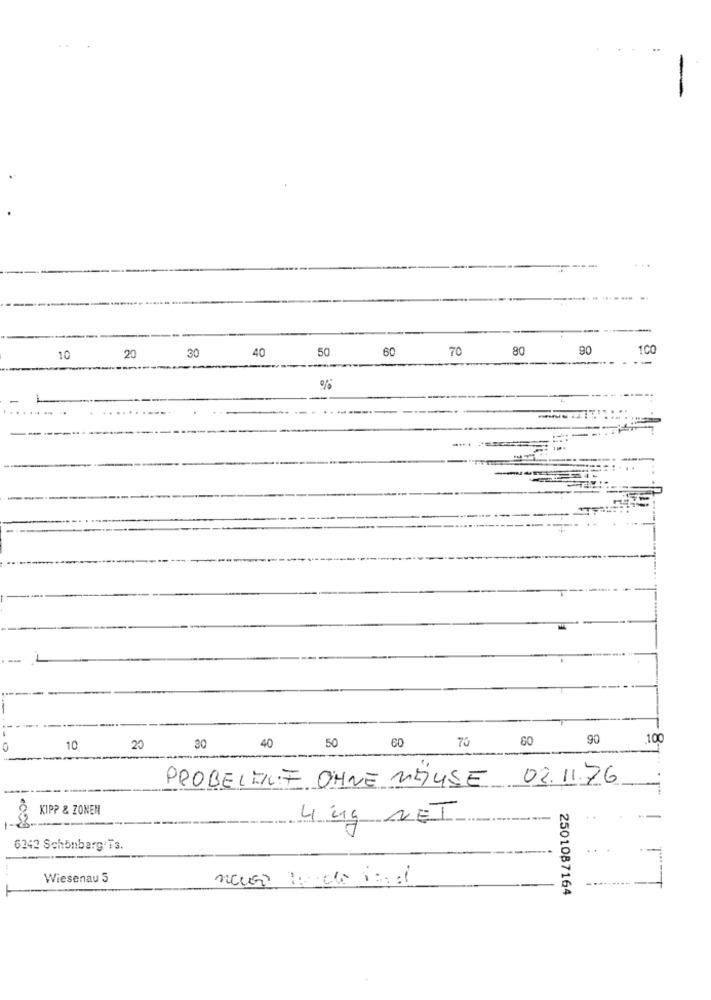
-
30
40
50
60
70
80
90
100
10
20
%
50
70
90
100
10
20
20
40
PROBELIEF OHNE MEUSE 03.11.76
KIPP & ZONEN
4 Kg NET
..
6342 Schönberg Ts.
Wiesenau 5
2501087164